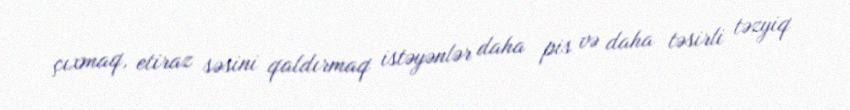
çıxmaq, etiraz səsini qaldırmaq istəyənlər daha pis və daha təsirli təzyiq